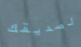
لصديقك